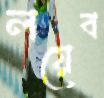
লয়েব